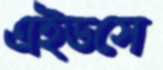
এইডসে